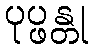
ပုပ္ဖန္တု